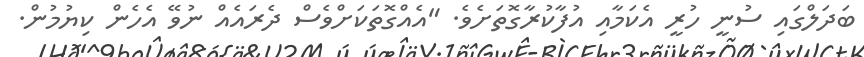
ބަދަލްގައި ސުނީ ހުރީ އެކަމާއި އުފާކުރާގޮތަށެވެ. "އެއްގޮތަކަށްވެސް ދެރައެއް ނުވޭ އެހެން ކިޔުމުން.